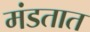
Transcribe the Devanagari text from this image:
मंडतात